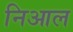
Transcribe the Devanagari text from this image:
निआल